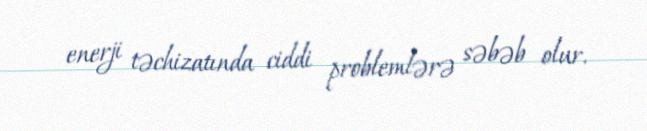
enerji təchizatında ciddi problemlərə səbəb olur.